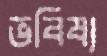
ভবিষ্য